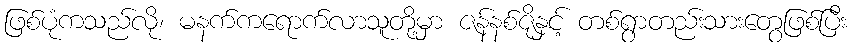
ဖြစ်ပုံကသည်လို၊ မနက်ကရောက်လာသူတို့မှာ ဇန်နစ်ဇိုနှင့် တစ်ရွာတည်းသားတွေဖြစ်ပြီး